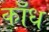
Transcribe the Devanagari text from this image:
काँध